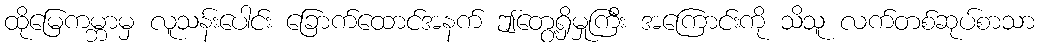
ထိုမြေကမ္ဘာမှ လူသန်းပေါင်း ခြောက်ထောင်အနက် ဤတွေ့ရှိမှုကြီး အကြောင်းကို သိသူ လက်တစ်ဆုပ်စာသာ